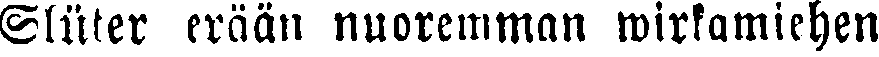
Slüter erään nuoremman wirkamiehen